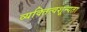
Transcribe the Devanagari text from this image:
व्यक्तित्वशून्यता